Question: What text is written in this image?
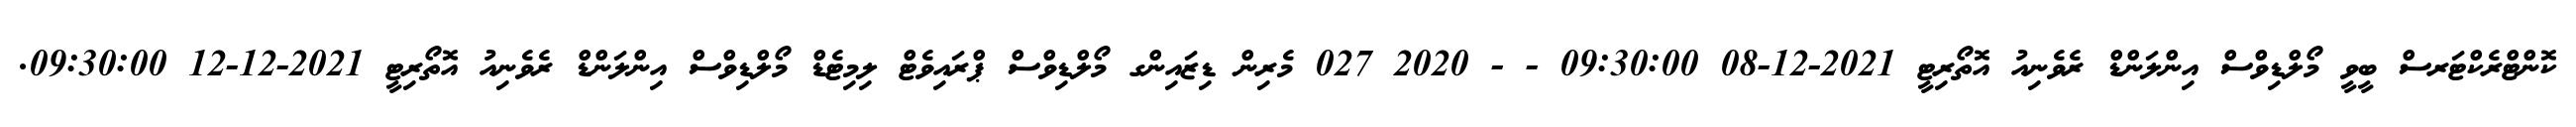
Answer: ކޮންޓްރެކްޓަރސް ބީވީ މޯލްޑިވްސް އިންލަންޑް ރެވެނިއު އޮތޯރިޓީ 2021-12-08 09:30:00 - - 2020 027 މެރިން ޑިޒައިންގ މޯލްޑިވްސް ޕްރައިވެޓް ލިމިޓެޑް މޯލްޑިވްސް އިންލަންޑް ރެވެނިއު އޮތޯރިޓީ 2021-12-12 09:30:00.